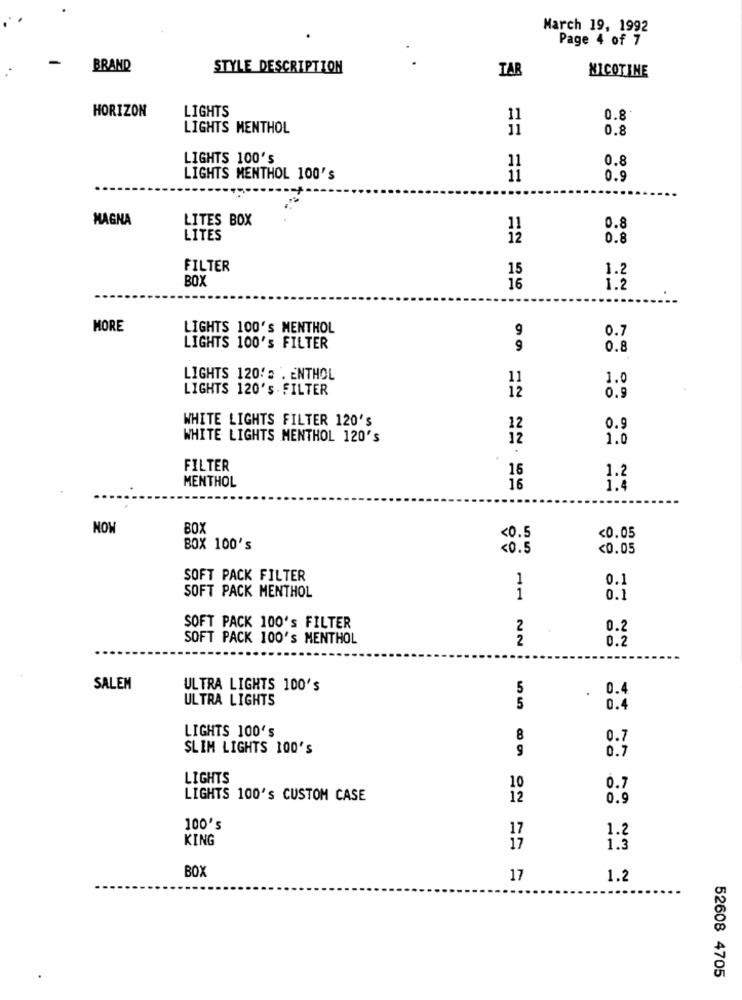
March 19, 1992
.
Page 4 of 7
-
BRAND
STYLE DESCRIPTION
TAR
NICOTINE
HORIZON
LIGHTS
11
0.8
LIGHTS MENTHOL
11
0.8
LIGHTS 100's
0.8
11
LIGHTS MENTHOL 100's
11
0.9
....
MAGNA
LITES BOX
11
0.8
LITES
12
0.8
FILTER
15
1.2
BOX
16
1.2
MORE
LIGHTS 100's MENTHOL
9
0.7
LIGHTS 100's FILTER
9
0.8
LIGHTS 120 !: . ENTHOL
11
1.0
LIGHTS 120'S . FILTER
0.9
WHITE LIGHTS FILTER 120'S
12
0.9
WHITE LIGHTS MENTHOL 120's
12
1.0
FILTER
16
1.2
MENTHOL
16
1.4
NOW
BOX
<0.5
<0.05
BOX 100's
<0.5
<0.05
SOFT PACK FILTER
1
0.1
SOFT PACK MENTHOL
1
0.1
SOFT PACK 100's FILTER
2
0.2
SOFT PACK 100'S MENTHOL
2
0.2
SALEM
ULTRA LIGHTS 100'S
5
0.4
ULTRA LIGHTS
5
0.4
LIGHTS 100's
8
0.7
SLIM LIGHTS 100'S
9
0.7
LIGHTS
10
0.7
LIGHTS 100's CUSTOM CASE
12
0.9
100's
17
1.
KING
1.3
BOX
17
1.2
52608 4705